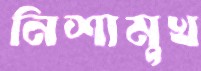
নিশামুখ